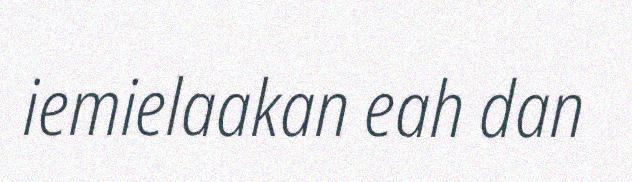
iemielaakan eah dan